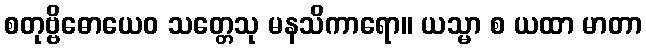
စတုဗ္ဗိဓောယေဝ သတ္တေသု မနသိကာရော။ ယသ္မာ စ ယထာ မာတာ